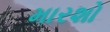
મારશો